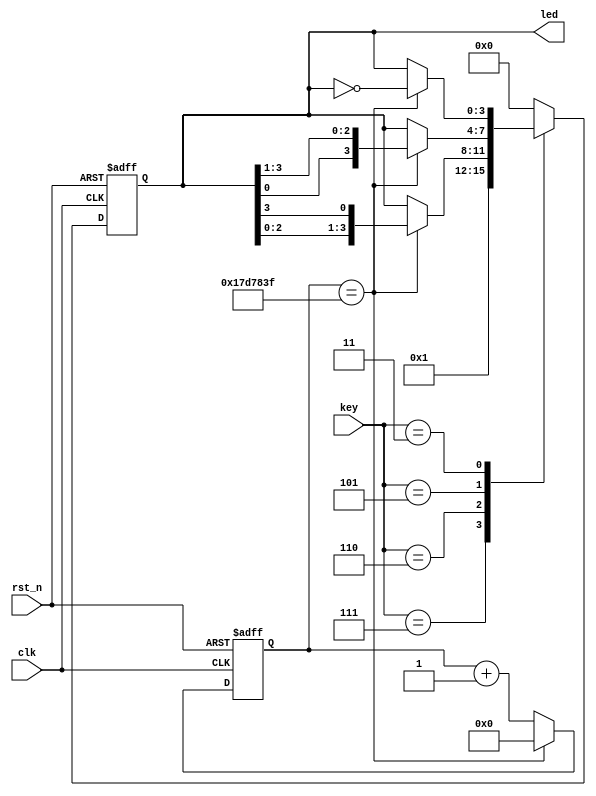
module key_led#(parameter TIME_500MS = 25_000_000) (

    input                   clk,
    input                   rst_n,
    input          [2:0]    key,
    output  reg    [3:0]    led

);

    //
    reg    [24:0]   cnt;
    wire            add_cnt;
    wire            end_cnt;
    always @(posedge clk or negedge rst_n)begin 
        if(!rst_n)begin
            cnt <= 0;
        end 
        else if(add_cnt)begin 
            if(end_cnt)begin 
                cnt <= 0;
            end
            else begin 
                cnt <= cnt + 1;
            end 
        end
    end 
    assign add_cnt = 1'b1;
    assign end_cnt = add_cnt && cnt ==  TIME_500MS - 1;







    //
    always @(posedge clk or negedge rst_n)begin
        
        if(!rst_n)
            led <= 4'b0001;
        else
            case(key)

                3'b111 : led <= 4'b0001;
                3'b110 :
                    if(end_cnt)
                        led <= {led[2:0],led[3]};
                    else
                        led <= led;
                3'b101 :
                    if(end_cnt)
                        led <= {led[0],led[3:1]};
                    else
                        led <= led;
                3'b011 :
                    if(end_cnt)
                        led <= ~led;
                    else
                        led <= led;
                default :
                    led <= 4'b0000;

            endcase

    end

endmodule